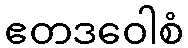
ဧတဒဝေါစံ